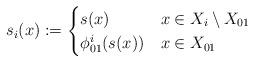
LaTeX: \begin{align*}s_i (x) :=\begin{cases}s(x) & x \in X_i \setminus X_{01}\\\phi_{01}^i (s(x)) & x \in X_{01}\end{cases}\end{align*}